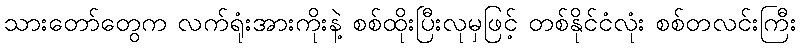
သားတော်တွေက လက်ရုံးအားကိုးနဲ့ စစ်ထိုးပြီးလုမှဖြင့် တစ်နိုင်ငံလုံး စစ်တလင်းကြီး